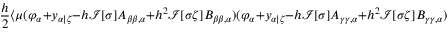
\frac { h } { 2 } \langle \mu ( \varphi _ { \alpha } + y _ { \alpha | \zeta } - h \mathcal { I } [ \sigma ] A _ { \beta \beta , \alpha } + h ^ { 2 } \mathcal { I } [ \sigma \zeta ] B _ { \beta \beta , \alpha } ) ( \varphi _ { \alpha } + y _ { \alpha | \zeta } - h \mathcal { I } [ \sigma ] A _ { \gamma \gamma , \alpha } + h ^ { 2 } \mathcal { I } [ \sigma \zeta ] B _ { \gamma \gamma , \alpha } ) \rangle